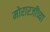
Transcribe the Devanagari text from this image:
मोरारजींच्या